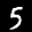
Label: 5